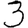
Digit: 3